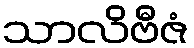
သာလိဗီဇံ